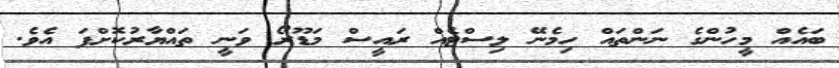
ބައެއް މީހުންގެ ނަންތައް ހިމެނޭ ލިސްޓެއް ރައީސް މަޑޫރޯ ވަނީ ތައްޔާރުކޮށްފަ އެވެ.